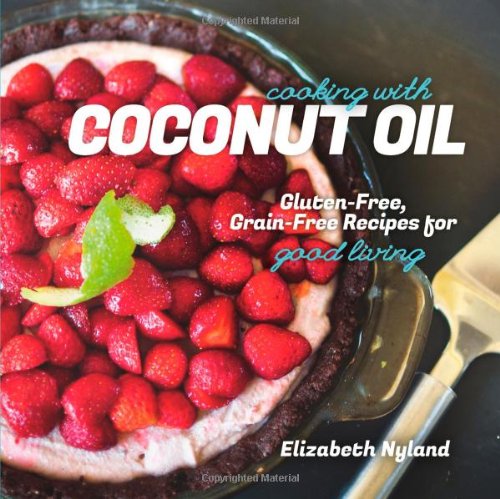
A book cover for Cooking with Coconut Oil: Gluten-Free, Grain-Free Recipes for Good Living; Elizabeth Nyland; Health, Fitness & Dieting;